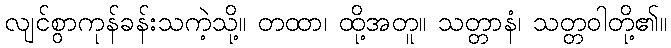
လျင်စွာကုန်ခန်းသကဲ့သို့။ တထာ၊ ထို့အတူ။ သတ္တာနံ၊ သတ္တဝါတို့၏။